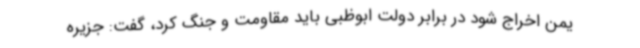
یمن اخراج شود در برابر دولت ابوظبی باید مقاومت و جنگ کرد، گفت: جزیره